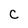
Character: C